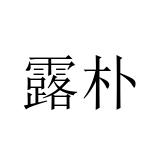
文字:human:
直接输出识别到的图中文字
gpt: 露朴